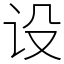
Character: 设